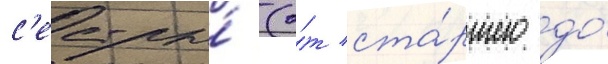
с'естры́ (о́т ста́ршего до́